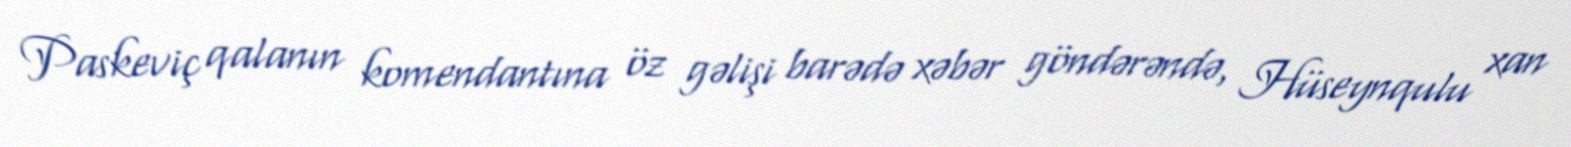
Paskeviç qalanın komendantına öz gəlişi barədə xəbər göndərəndə, Hüseynqulu xan